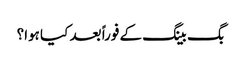
بگ بینگ کے فوراً بعد کیا ہوا؟